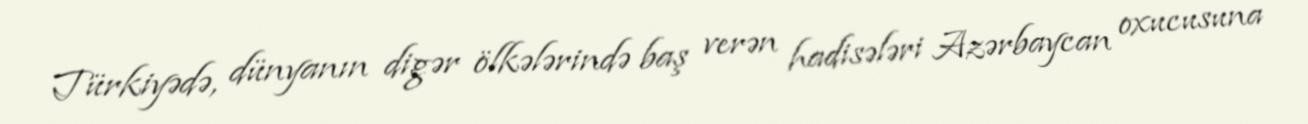
Türkiyədə, dünyanın digər ölkələrində baş verən hadisələri Azərbaycan oxucusuna